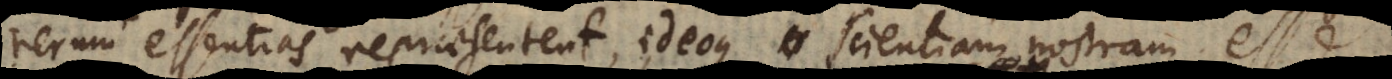
rerum essentias repraesentent, ideoque scientiam nostram esse